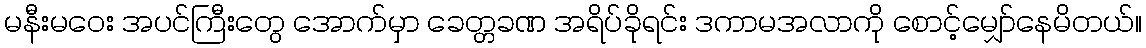
မနီးမဝေး အပင်ကြီးတွေ အောက်မှာ ခေတ္တခဏ အရိပ်ခိုရင်း ဒကာမအလာကို စောင့်မျှော်နေမိတယ်။